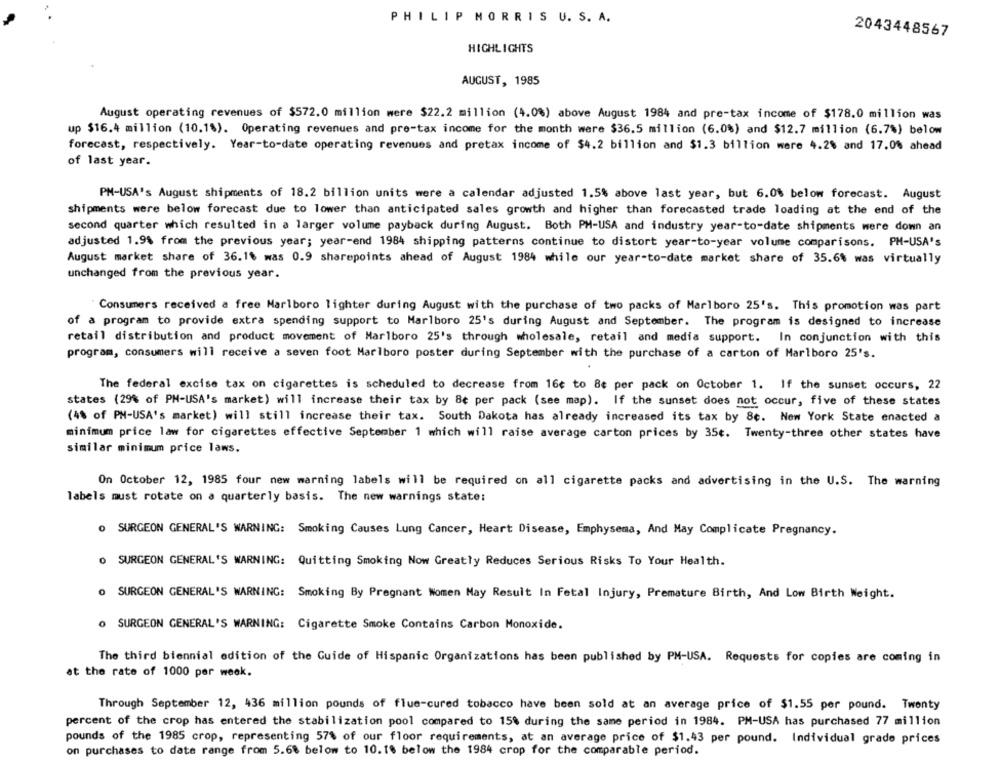
PHILIP MORRIS U. S. A.
2043448567
HIGHLIGHTS
AUGUST, 1985
August operating revenues of $572.0 million were $22.2 million (4.0%) above August 1984 and pre-tax income of $178.0 million was
up $16.4 million (10.18). Operating revenues and pre-tax income for the month were $36.5 million (6.0%) and $12.7 million (6.7%) below
forecast, respectively. Year-to-date operating revenues and pretax income of $4.2 billion and $1.3 billion were 4.2% and 17.0% ahead
of last year.
PM-USA's August shipments of 18.2 billion units were a calendar adjusted 1.5% above last year, but 6.0% below forecast. August
shipments were below forecast due to lower than anticipated sales growth and higher than forecasted trade loading at the end of the
second quarter which resulted in a larger volume payback during August. Both PH-USA and industry year-to-date shipments were down an
adjusted 1.9% from the previous year; year-end 1984 shipping patterns continue to distort year-to-year volume comparisons. PM-USA's
August market share of 36.1% was 0.9 sharepoints ahead of August 1984 while our year-to-date market share of 35.6% was virtually
unchanged from the previous year.
"Consumers received a free Marlboro lighter during August with the purchase of two packs of Marlboro 25's. This promotion was part
of a program to provide extra spending support to Marlboro 25's during August and September. The program is designed to increase
retail distribution and product movement of Marlboro 25's through wholesale, retail and media support. In conjunction with this
program, consumers will receive a seven foot Marlboro poster during September with the purchase of a carton of Marlboro 25's.
The federal excise tax on cigarettes is scheduled to decrease from 16¢ to 8¢ per pack on October 1. If the sunset occurs, 22
states (29% of PH-USA's market) will increase their tax by 8¢ per pack (see map). If the sunset does not occur, five of these states
(48 of PH-USA's market) will still increase their tax. South Dakota has already increased its tax by 8c. New York State enacted a
minimum price law for cigarettes effective September 1 which will raise average carton prices by 35c. Twenty-three other states have
similar minimum price laws.
On October 12, 1985 four new warning labels will be required on all cigarette packs and advertising in the U.S. The warning
labels must rotate on a quarterly basis. The new warnings state:
O SURGEON GENERAL'S WARNING: Smoking Causes Lung Cancer, Heart Disease, Emphysema, And May Complicate Pregnancy.
O SURGEON GENERAL'S WARNING: Quitting Smoking Now Greatly Reduces Serious Risks To Your Health.
O SURGEON GENERAL'S WARNING: Smoking By Pregnant Women May Result In Fetal Injury, Premature Birth, And Low Birth Weight.
O SURGEON GENERAL'S WARNING: Cigarette Smoke Contains Carbon Monoxide.
The third biennial edition of the Guide of Hispanic Organizations has been published by PM-USA. Requests for copies are coming in
at the rate of 1000 per week.
Through September 12, 436 million pounds of flue-cured tobacco have been sold at an average price of $1.55 per pound. Twenty
percent of the crop has entered the stabilization pool compared to 15% during the same period in 1984. PM-USA has purchased 77 million
pounds of the 1985 crop, representing 57% of our floor requirements, at an average price of $1.43 per pound. Individual grade prices
on purchases to date range from 5.68 below to 10.18 below the 1984 crop for the comparable period.